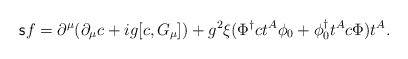
\begin{align*}{\sf s}f=\partial^{\mu}(\partial_{\mu}c+ig[c,G_{\mu}])+g^2\xi(\Phi^{\dagger}ct^A\phi_0+\phi_0^{\dagger}t^Ac\Phi)t^A.\end{align*}